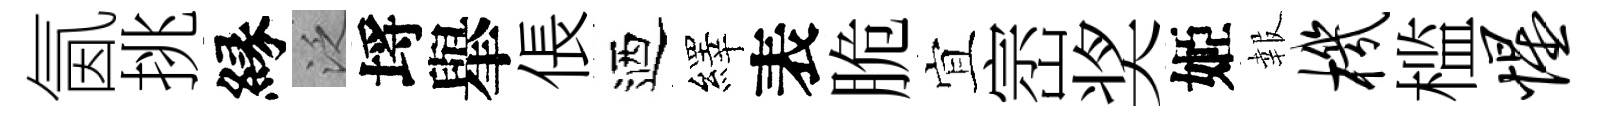
氤挑縁泛埓𦦙倀迺繹表脆宜崈奖姬報机槛惺